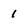
Character: 1